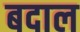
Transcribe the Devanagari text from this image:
बदाल